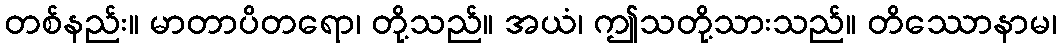
တစ်နည်း။ မာတာပိတရော၊ တို့သည်။ အယံ၊ ဤသတို့သားသည်။ တိဿောနာမ၊